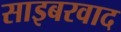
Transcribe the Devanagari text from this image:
साइबरवाद